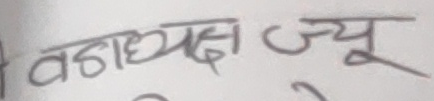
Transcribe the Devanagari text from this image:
वहाध्यक्ष ज्यू